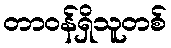
တာဝန်ရှိသူတစ်